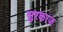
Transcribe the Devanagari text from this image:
सुरकाज